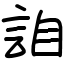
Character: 詯